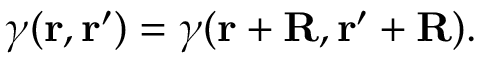
\gamma ( { \bf r } , { \bf r } ^ { \prime } ) = \gamma ( { \bf r } + { \bf R } , { \bf r } ^ { \prime } + { \bf R } ) .